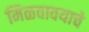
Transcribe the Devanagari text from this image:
मिळवावयाचे